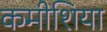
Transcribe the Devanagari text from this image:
कमीशिया